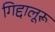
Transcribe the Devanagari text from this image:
गिद्दालूरू